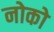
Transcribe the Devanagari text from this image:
नोको